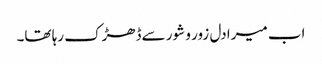
اب میرا دل زور و شور سےڈھڑک رہا تھا۔